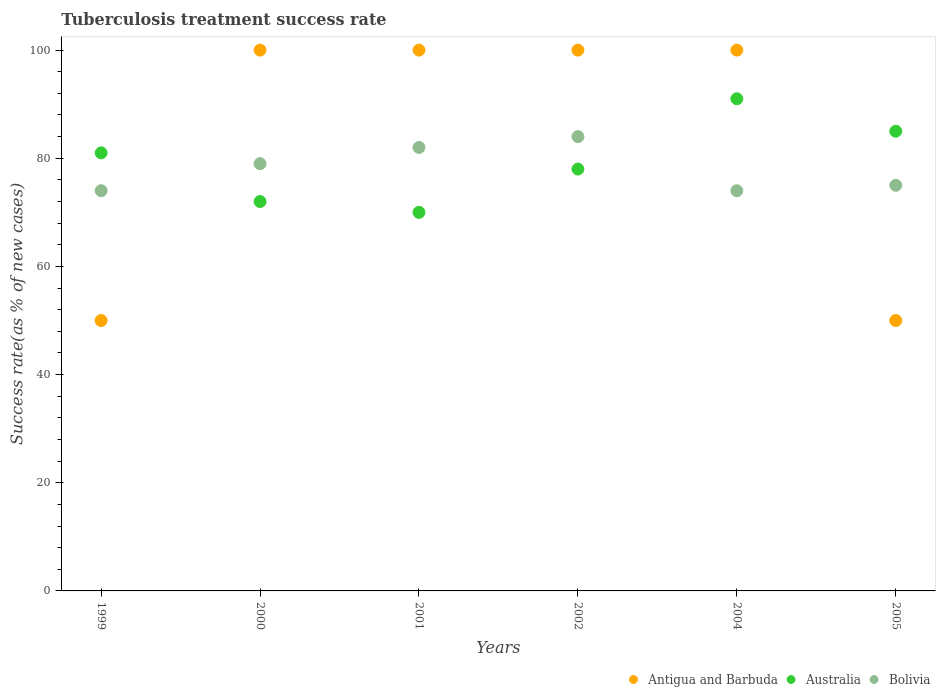
| Years | Antigua and Barbuda | Australia | Bolivia |
 | --- | --- | --- | --- |
 | 1999 | 50 | 81 | 74 |
 | 2000 | 100 | 72 | 79 |
 | 2001 | 100 | 70 | 82 |
 | 2002 | 100 | 78 | 84 |
 | 2004 | 100 | 91 | 74 |
 | 2005 | 50 | 85 | 75 |